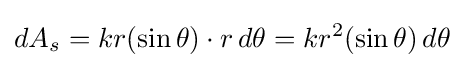
dA_{s}=kr(\sin \theta )\cdot r\,d\theta =kr^{2}(\sin \theta )\,d\theta